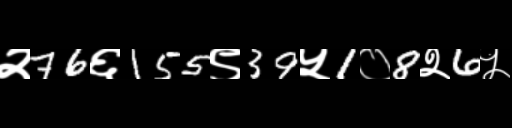
Text: २76६155९39५1०8२6५